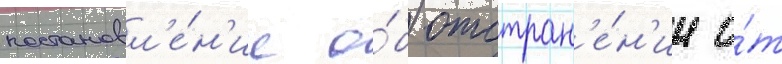
постановл'е́н'ие о́б отстран'е́н'ии о́т